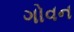
ગોવન